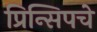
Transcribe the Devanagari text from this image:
प्रिन्सिपचे